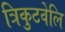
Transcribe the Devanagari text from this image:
त्रिकुटवेलि